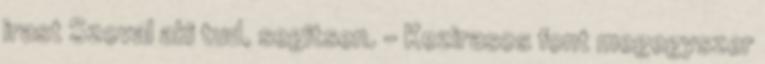
irast Szoval aki tud, segitsen. - Kezirasos font megegyszer